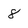
Character: 8